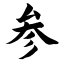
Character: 参